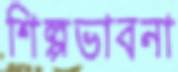
শিল্পভাবনা